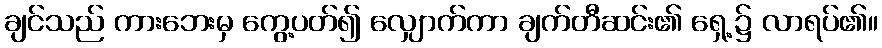
ချင်သည် ကားဘေးမှ ကွေ့ပတ်၍ လျှောက်ကာ ချက်တီဆင်း၏ ရှေ့၌ လာရပ်၏။